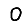
Digit: 0